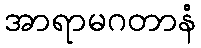
အာရာမဂတာနံ